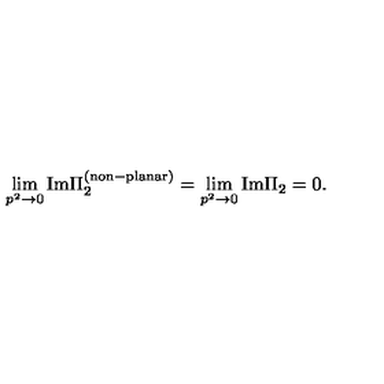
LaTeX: \lim _ { p ^ { 2 } \rightarrow 0 } \mathrm { I m } \Pi _ { 2 } ^ { \mathrm { ( n o n \mathrm { - } p l a n a r ) } } = \lim _ { p ^ { 2 } \rightarrow 0 } \mathrm { I m } \Pi _ { 2 } = 0 .